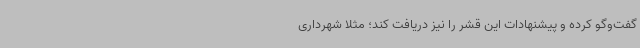
گفت‌وگو کرده و پیشنهادات این قشر را نیز دریافت کند؛ مثلا شهرداری